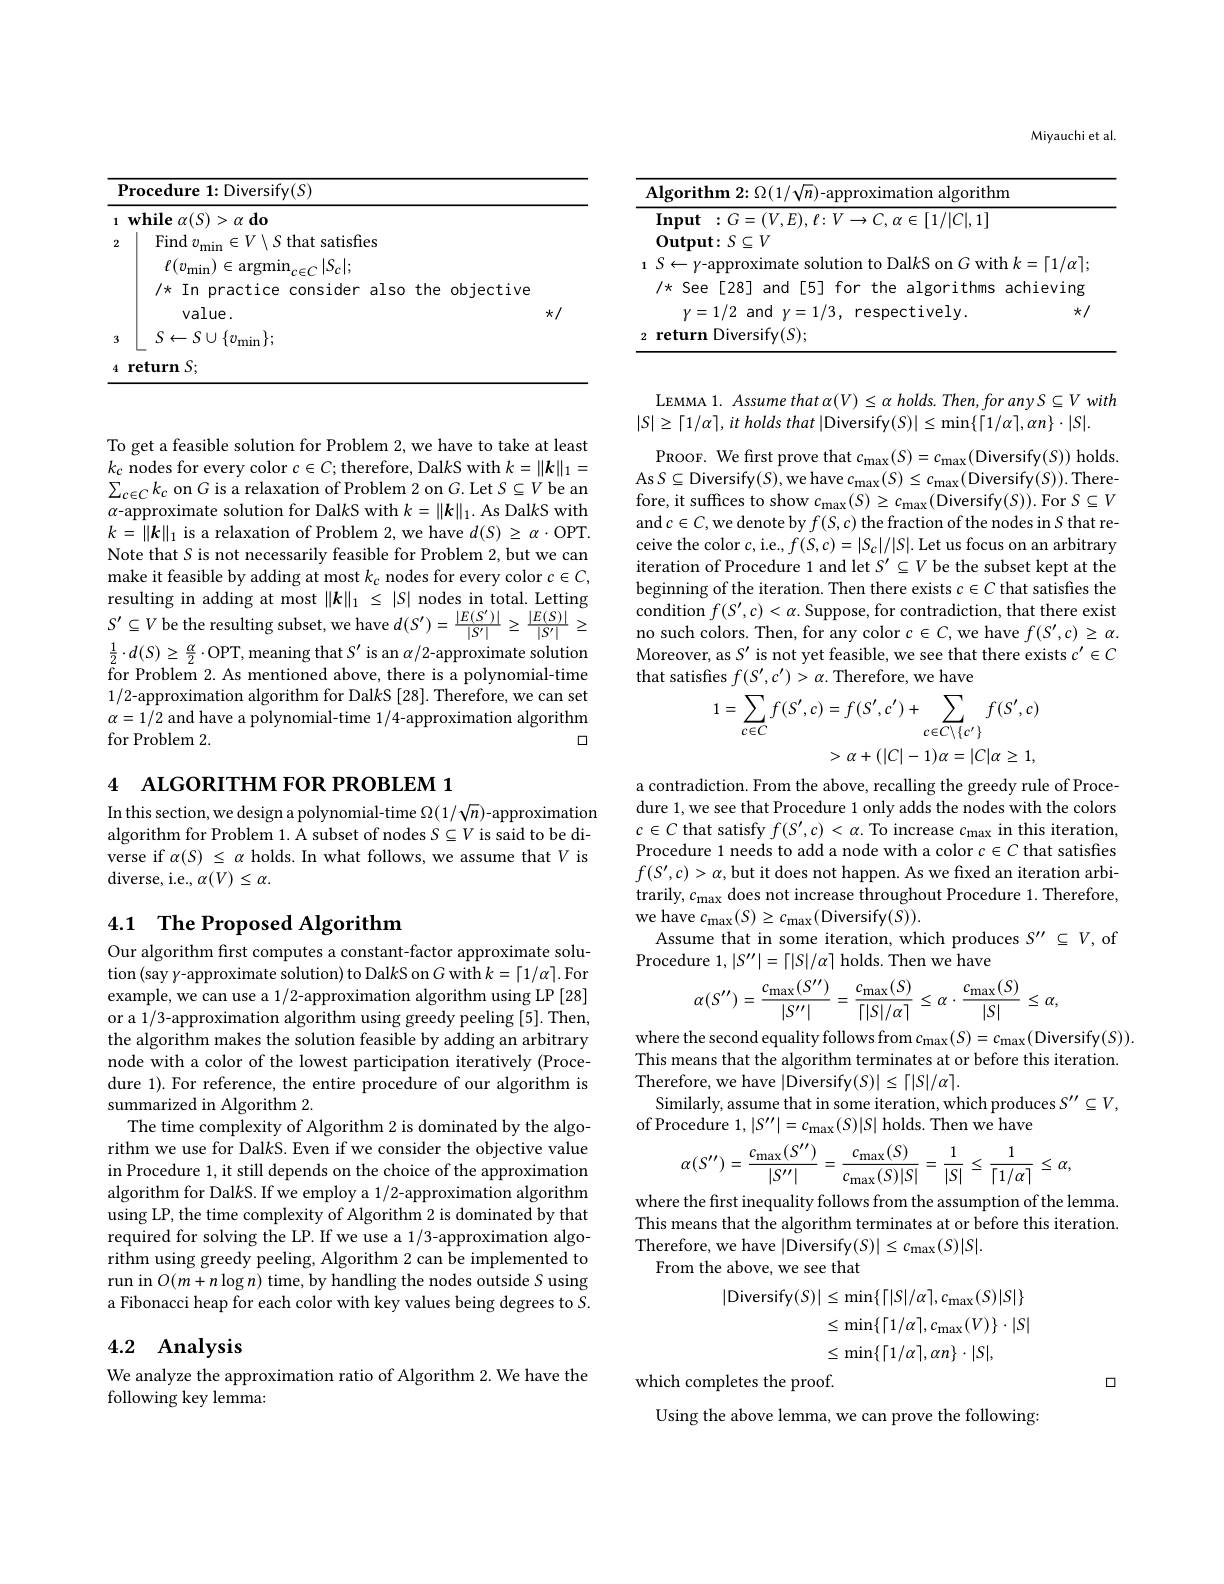
<table>
	<tbody>
		<tr>
			<th colspan="4">Procedure 1: Diversify(S)</th>
		</tr>
		<tr>
			<th>1</th>
			<th>$\mathbf{while~}\alpha(S)>\alpha\mathbf{do}$</th>
			<th> </th>
			<th> </th>
		</tr>
		<tr>
			<td> </td>
			<td>$/k$ $k$ In p practice</td>
			<td>the</td>
			<td>objectiv</td>
		</tr>
		<tr>
			<td>4</td>
			<td>return S;</td>
			<td> </td>
			<td> </td>
		</tr>
	</tbody>
</table>

To get a feasible solution for Problem 2, we have to take at least $k_{c}$ nodes for every color $c\in C;$therefore, Dal$k$S with $k=\|\boldsymbol k\|_1=$ $\sum_{c\in C}k_{c}$ on G is a relaxation of Problem 2 on $G.$Let $S\subseteq V$ be an $\alpha$-approximate solution for Dal$k$S with $k=\|\boldsymbol{k}\|_1.$ As Dal$k$S with $k=\|\boldsymbol{k}\|_1$ is a relaxation of Problem 2, we have $d(S)\geq\alpha\cdot$OPT. Note that $S$ is not necessarily feasible for Problem 2, but we can make it feasible by adding at most $k_c$ nodes for every color $c\in C$, resulting in adding at most $\|\boldsymbol k\|_1\leq|S|$ nodes in total. Letting $S^{\prime}\subseteq V$ be the resulting subset, we have $d(S^{\prime})=\frac|E(S^{\prime})|{|S^{\prime}|}\geq\frac{|E(S)|}{|S^{\prime}|}\geq$ $\frac{1}{2}\cdot d(S)\geq\frac{\alpha}{2}\cdot$OPT,meaning that $S^\prime$ is an $\alpha/2$-approximate solution for Problem 2. As mentioned above, there is a polynomial-time 1/2-approximation algorithm for Dal$k$S [28]. Therefore, we can set $\alpha=1/2$ and have a polynomial-time 1/4-approximation algorithm for Problem 2.
口

4 ALGORITHM FOR PROBLEM 1

In this section, we design a polynomial-time $\Omega(1/\sqrt{n})$-approximation algorithm for Problem 1. A subset of nodes $S\subseteq V$ is said to be diverse if $\alpha(S)\leq\alpha$ holds. In what follows, we assume that $V$ is diverse, i. e. , $\alpha ( V) \leq \alpha .$

## 4.1 The Proposed Algorithm

Our algorithm first computes a constant-factor approximate solution (say y-approximate solution) to Dal$k$S on $G$ with $k=\lceil1/\alpha\rceil.$ For example, we can use a 1/2-approximation algorithm using LP [28] or a 1/3-approximation algorithm using greedy peeling [5]. Then, the algorithm makes the solution feasible by adding an arbitrary node with a color of the lowest participation iteratively (Proce-) dure 1). For reference, the entire procedure of our algorithm is summarized in Algorithm 2.
The time complexity of Algorithm 2 is dominated by the algorithm we use for Dal$k$S. Even if we consider the objective value in Procedure 1, it still depends on the choice of the approximation algorithm for DalkS. If we employ a 1/2-approximation algorithm using LP, the time complexity of Algorithm 2 is dominated by that required for solving the LP. If we use a 1/3-approximation algorithm using greedy peeling, Algorithm 2 can be implemented to run in $O(m+n\log n)$ time, by handling the nodes outside $S$ using a Fibonacci heap for each color with key values being degrees to $S.$

## 4.2 $\textbf{Analysis}$

We analyze the approximation ratio of Algorithm 2. We have the
following key lemma:

Miyauchi et al.

<table>
	<tbody>
		<tr>
			<td>$\mathfrak{m}$</td>
		</tr>
		<tr>
			<td>$k$,</td>
		</tr>
	</tbody>
</table>

LEMMA 1. Assume that $\alpha(V)\leq\alpha$ holds. Then, for any S $\subseteq V$ with
$| S| \geq \lceil 1/ \alpha \rceil , it$ holds that |Diversify$(S)|\leq\min\{\lceil1/\alpha\rceil,\alpha n\}\cdot|S|.$

PROOF. We first prove that $c_{\mathrm{max}}(S)=c_{\mathrm{max}}($Diversify$(S))$ holds. As $S\subseteq$Diversify$(S)$,we have $c_\mathrm{max}(S)\leq c_\mathrm{max}($Diversify$(S)).$Therefore, it suffices to show $c_{\max}(S)\geq c_{\max}($Diversify$(S)).$For $S\subseteq V$ and $c\in C$,we denote by $f(S,c)$ the fraction of the nodes in $S$ that receive the color $c$,i.e., $f(S,c)=|S_c|/|S|.$ Let us focus on an arbitrary iteration of Procedure 1 and let $S^\prime\subseteq V$ be the subset kept at the beginning of the iteration. Then there exists $c\in C$ that satisfies the condition $f(S^\prime,c)<\alpha.$ Suppose, for contradiction, that there exist no such colors. Then, for any color $c\in C$,we have $f(S^\prime,c)\geq\alpha.$ Moreover, as $S^\prime$ is not yet feasible, we see that there exists $c^\prime\in C$ that satisfies $f(S^\prime,c^{\prime})>\alpha.$ Therefore, we have
$$\begin{aligned}1=\sum_{c\in C}f(S^{\prime},c)&=f(S^{\prime},c^{\prime})+\sum_{c\in C\setminus\{c^{\prime}\}}f(S^{\prime},c)\\&>\alpha+(|C|-1)\alpha=|C|\alpha\geq1,\end{aligned}$$
a contradiction. From the above, recalling the greedy rule of Procedure 1, we see that Procedure 1 only adds the nodes with the colors $c\in C$ that satisfy $f(S^\prime,c)<\alpha.$ To increase $c_\mathrm{max}$ in this iteration, Procedure 1 needs to add a node with a color $c\in C$ that satisfies $f(S^{\prime},c)>\alpha$,but it does not happen. As we fixed an iteration arbitrarily, $c_\mathrm{max}$ does not increase throughout Procedure 1. Therefore, we have $c_{\mathrm{max}}(S)\geq c_{\mathrm{max}}($Diversify$(S)).$
Assume that in some iteration, which produces $S^\prime\prime\subseteq V$, of
Procedure $1,|S^\prime\prime|=\lceil|S|/\alpha\rceil$ holds. Then we have
$$\alpha(S'')=\frac{c_{\max}(S'')}{|S''|}=\frac{c_{\max}(S)}{\lceil|S|/\alpha\rceil}\leq\alpha\cdot\frac{c_{\max}(S)}{|S|}\leq\alpha,$$
where the second equality follows from $c_{\mathrm{max}}(S)=c_{\mathrm{max}}($Diversify$(S)).$ This means that the algorithm terminates at or before this iteration. Therefore, we have |Diversify$(S)|\leq\lceil|S|/\alpha\rceil.$
Similarly, assume that in some iteration, which produces $S^\prime\prime\subseteq V$,
of Procedure $1,\left|S^{\prime\prime}\right|=c_{\max}(S)|S|$ holds. Then we have
$$\alpha(S'')=\frac{c_{\max}(S'')}{|S''|}=\frac{c_{\max}(S)}{c_{\max}(S)|S|}=\frac{1}{|S|}\leq\frac{1}{\lceil1/\alpha\rceil}\leq\alpha,$$
where the first inequality follows from the assumption of the lemma. This means that the algorithm terminates at or before this iteration. Therefore, we have |Diversify$(S)|\leq c_\max(S)|S|.$
From the above, we see that
$$\begin{aligned}|\mathrm{Diversify}(S)|&\leq\min\{\lceil|S|/\alpha\rceil,c_{\mathrm{max}}(S)|S|\}\\&\leq\min\{\lceil1/\alpha\rceil,c_{\mathrm{max}}(V)\}\cdot|S|\\&\leq\min\{\lceil1/\alpha\rceil,\alpha n\}\cdot|S|,\\\end{aligned}$$
口

which completes the proof.

Using the above lemma, we can prove the following: